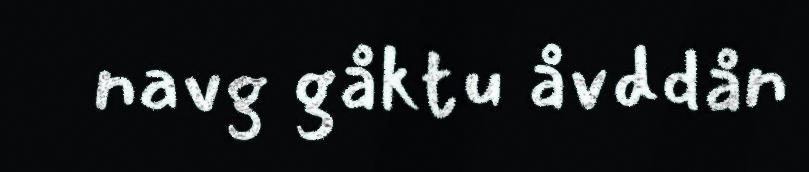
navg gåktu åvddån